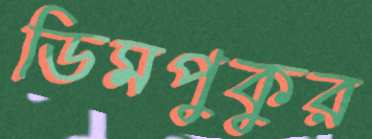
ডিমপুকুর